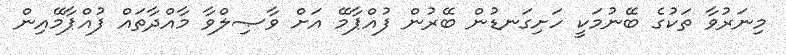
މިނަރުވާ ތަކުގެ ބޭނުމަކީ ހަށިގަނޑުން ބޭރުން ފުއްޕާމޭ އަށް ވާޞިލްވާ މާއްދާތައް ފުއްޕާމޭއިން